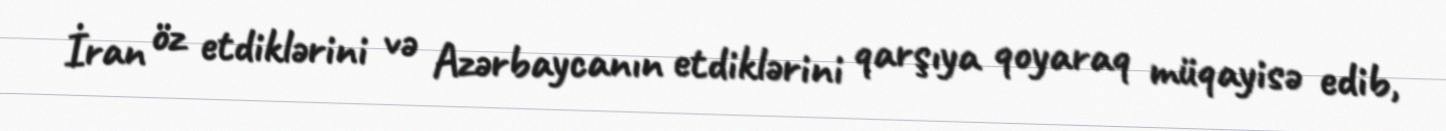
İran öz etdiklərini və Azərbaycanın etdiklərini qarşıya qoyaraq müqayisə edib,